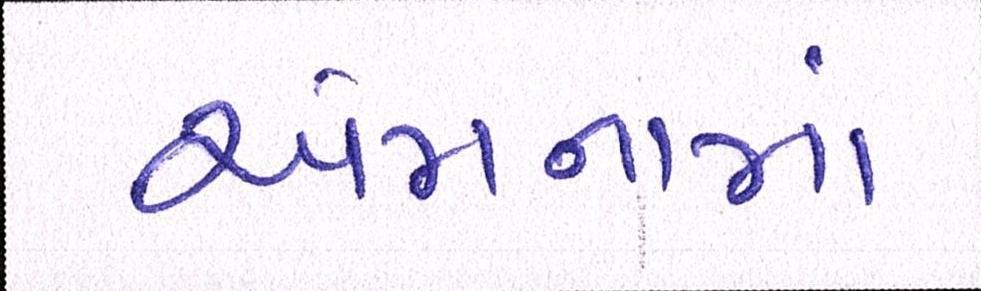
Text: એમનામાં